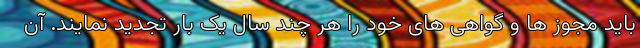
باید مجوز ها و گواهی های خود را هر چند سال یک بار تجدید نمایند. آن